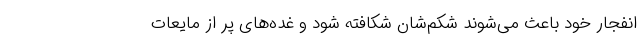
انفجار خود باعث می‌شوند شکم‌شان شکافته شود و غده‌های پر از مایعات